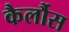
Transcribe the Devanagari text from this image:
कैर्लौस